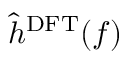
\hat { h } ^ { \mathrm { D F T } } ( f )